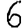
Digit: 6